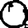
Digit: 0